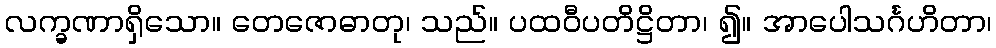
လက္ခဏာရှိသော။ တေဇောဓာတု၊ သည်။ ပထဝီပတိဋ္ဌိတာ၊ ၍။ အာပေါသင်္ဂဟိတာ၊